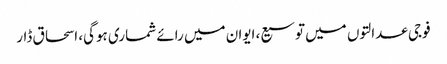
فوجی عدالتوں میں‌ توسیع، ایوان میں رائے شماری ہوگی، اسحاق ڈار